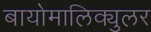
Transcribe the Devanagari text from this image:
बायोमालिक्युलर